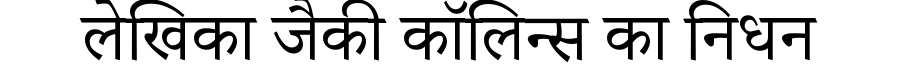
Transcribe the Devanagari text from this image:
लेखिका जैकी कॉलिन्स का निधन